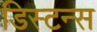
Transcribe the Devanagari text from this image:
डिस्टन्स